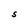
Character: S